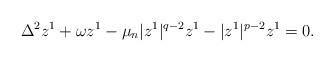
LaTeX: \begin{align*}\Delta^{2}z^{1}+\omega z^{1}-\mu_{n}|z^{1}|^{q-2}z^{1}-|z^{1}|^{p-2}z^{1}=0.\end{align*}